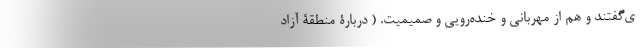
ی‌گفتند و هم از مهربانی و خنده‌رویی و صمیمیت. ( دربارۀ منطقۀ آزاد